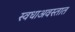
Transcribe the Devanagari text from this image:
स्वधाअवस्तात